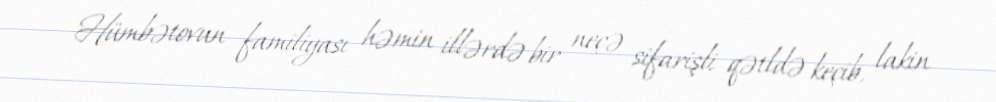
Hümbətovun familiyası həmin illərdə bir neçə sifarişli qətldə keçib, lakin